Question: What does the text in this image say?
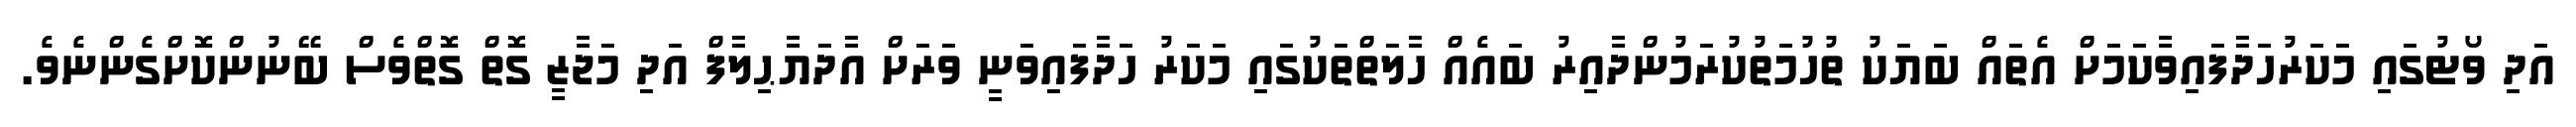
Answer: އަދި ވޯޓުގައި މަކަރުހަދާފައިވާކަމަށް އެތައް ބަޔަކު ތުހުމަތުކުރަމުންދާއިރު ބައެއް ހާލަތްތަކުގައި މަކަރު ހަދާފައިވަނީ ވަރަށް އާދަޔާޙިލާފް އަދި މަޖާޒީ ގޮތް ގޮތްވެސް ބޭނުންކޮށްގެންނެވެ.